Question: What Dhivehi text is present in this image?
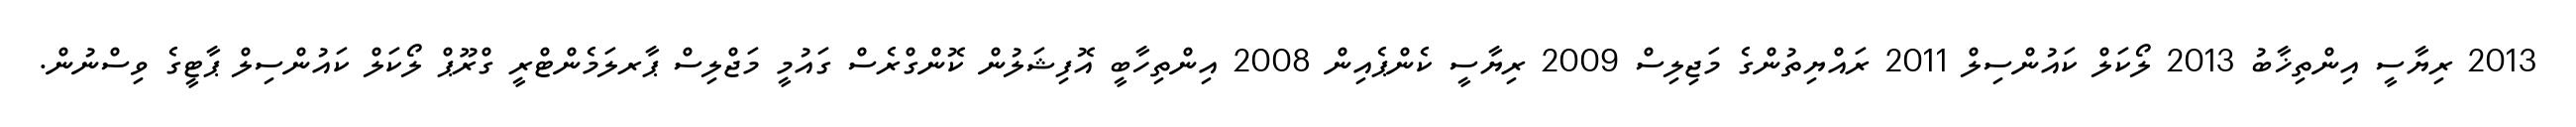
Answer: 2013 ރިޔާސީ އިންތިޚާބު 2013 ލޯކަލް ކައުންސިލް 2011 ރައްޔިތުންގެ މަޖިލިސް 2009 ރިޔާސީ ކެންޕެއިން 2008 އިންތިހާބީ އޮފިޝަލުން ކޮންގްރެސް ގައުމީ މަޖްލިސް ޕާރލަމެންޓްރީ ގްރޫޕް ލޯކަލް ކައުންސިލް ޕާޓީގެ ވިސްނުން.